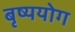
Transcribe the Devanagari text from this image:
बृष्ययोग